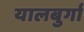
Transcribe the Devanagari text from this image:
यालबुर्गा